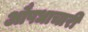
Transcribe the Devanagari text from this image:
औषधाचारी